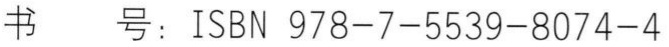
书  号：ISBN 978-7-5539-8074-4